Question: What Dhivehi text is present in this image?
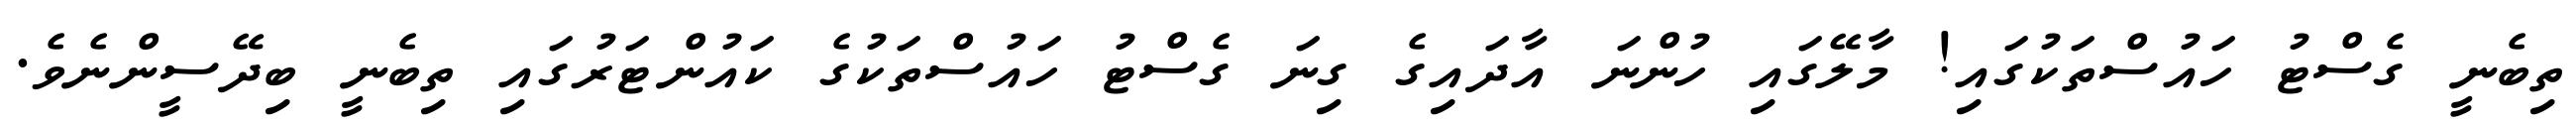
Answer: ތިބެނީ ގެސްޓު ހައުސްތަކުގައި! މާލޭގައި ހުންނަ އާދައިގެ ގިނަ ގެސްޓު ހައުސްތަކުގެ ކައުންޓަރުގައި ތިބެނީ ބިދޭސީންނެވެ.